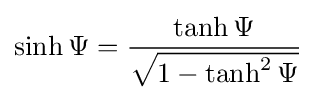
\sinh \Psi ={\frac {\tanh \Psi }{\sqrt {1-\tanh ^{2}\Psi }}}